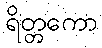
ရိတ္တကော